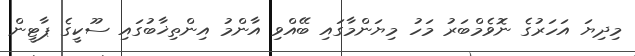
މިދިޔަ އަހަރުގެ ނޮވެމްބަރު މަހު މިޔަންމާގައި ބޭއްވި އާންމު އިންތިޚާބުގައި ސޫކީގެ ޕާޓީން